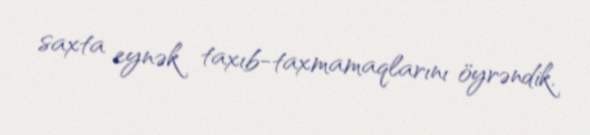
saxta eynək taxıb-taxmamaqlarını öyrəndik.